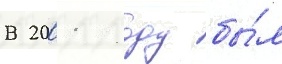
В 2001 году бы́л